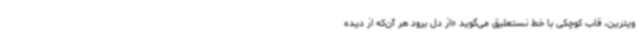
ویترین، قاب کوچکی با خط نستعلیق می‌گوید «از دل برود هر آن‌که از دیده